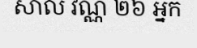
សាល វណ្ណ ២៦ អ្នក